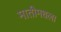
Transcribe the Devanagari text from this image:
मातीमधला